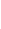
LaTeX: I\! \! \! \! \! \! \! \! \! \! \! \! _{\! \! \! \! \! \! \! \! \! \! \! \! \partial\! \! \! \! \! \! \! \! \! \! \! \! D}\! \! \! \! \! \! \! \! \! \! \! \! (A\! \! \! \! \! \! \! \! \! \! \! \! _{\! }\! \! \! \! \! \! \! \! \! \! \! 0\! \! \! \! \! \! \! \! \! \! \! \! )\! \! \! \! \! \! \! \! \! \! \! \! =I\! \! \! \! \! \! \! \! \! \! \! \! _{\! \! \! \! \! \! \! \! \! \! \! \! \partial\! \! \! \! \! \! \! \! \! \! \! \! D}\! \! \! \! \! \! \! \! \! \! \! \! (A\! \! \! \! \! \! \! \! \! \! \! \! _{\! }\! \! \! \! \! \! \! \! \! \! \! 1\! \! \! \! \! \! \! \! \! \! \! \! )\! \! \! \! \! \! \! \! \! \! \! \! .\! \! \! \! \! \! \! \! \! \! \!